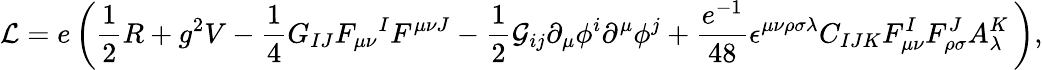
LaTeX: {\cal L}=e\left({\frac{1}{2}}R+g^{2}V-{\frac{1}{4}}G_{IJ}F_{\mu\nu}{}^{I}F^{\mu\nu J}-{\frac{1}{2}}{\cal G}_{ij}\partial_{\mu}\phi^{i}\partial^{\mu}\phi^{j}+{\frac{e^{-1}}{48}}\epsilon^{\mu\nu\rho\sigma\lambda}C_{IJK}F_{\mu\nu}^{I}F_{\rho\sigma}^{J}A_{\lambda}^{K}\, \right),